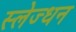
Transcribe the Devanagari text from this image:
स्लेज्धन